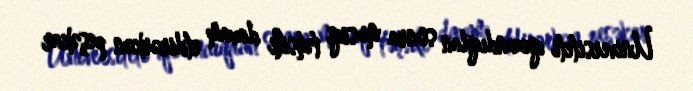
Universiteti qazandıqdan sonra musiqi təhsili davam etdirərkən peşəkar